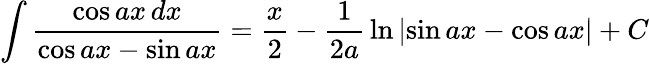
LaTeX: \int{\frac{\cos ax\, dx}{\cos ax-\sin ax}}={\frac{x}{2}}-{\frac{1}{2a}}\ln\left|\sin ax-\cos ax\right|+C